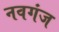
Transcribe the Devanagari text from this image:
नवगंज